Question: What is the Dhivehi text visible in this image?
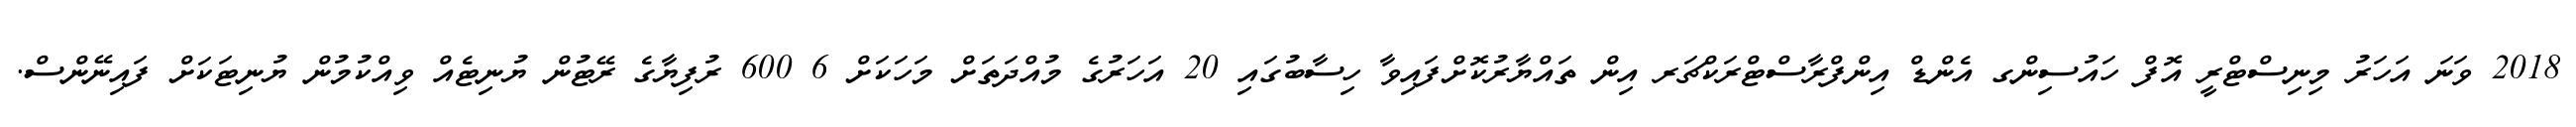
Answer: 2018 ވަނަ އަހަރު މިނިސްޓްރީ އޮފް ހައުސިންގ އެންޑް އިންފްރާސްޓްރަކްޗަރ އިން ތައްޔާރުކޮށްފައިވާ ހިސާބުގައި 20 އަހަރުގެ މުއްދަތަށް މަހަކަށް 6 600 ރުފިޔާގެ ރޭޓުން ޔުނިޓެއް ވިއްކުމުން ޔުނިޓަކަށް ފައިނޭންސް.